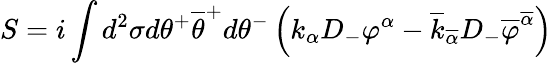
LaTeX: S=i\int d^{2}\sigma d\theta^{+}\overline{{{\theta}}}^{+}d\theta^{-}\left(k_{\alpha}D_{-}\varphi^{\alpha}-\overline{{{k}}}_{\overline{{{\alpha}}}}D_{-}\overline{{{\varphi}}}^{\overline{{{\alpha}}}}\right)